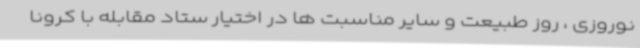
نوروزی ، روز طبیعت و سایر مناسبت ها در اختیار ستاد مقابله با کرونا